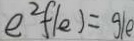
e ^ { 2 } f ( e ) = g 1 e